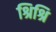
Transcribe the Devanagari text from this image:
श्रिश्रि